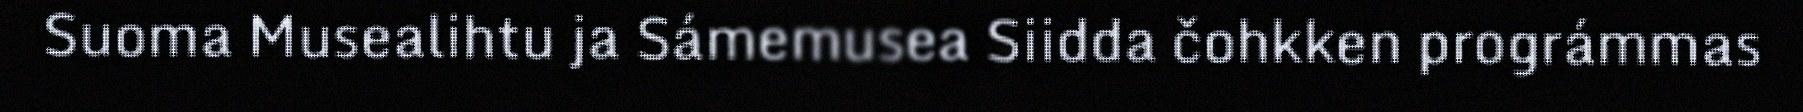
Suoma Musealihtu ja Sámemusea Siidda čohkken prográmmas